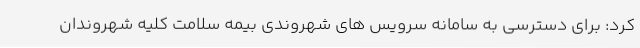
کرد: برای دسترسی به سامانه سرویس های شهروندی بیمه سلامت کلیه شهروندان